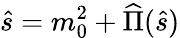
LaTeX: \hat{s}=m_{0}^{2}+\widehat{\Pi}(\hat{s})